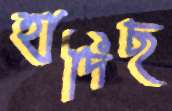
হাদিছ